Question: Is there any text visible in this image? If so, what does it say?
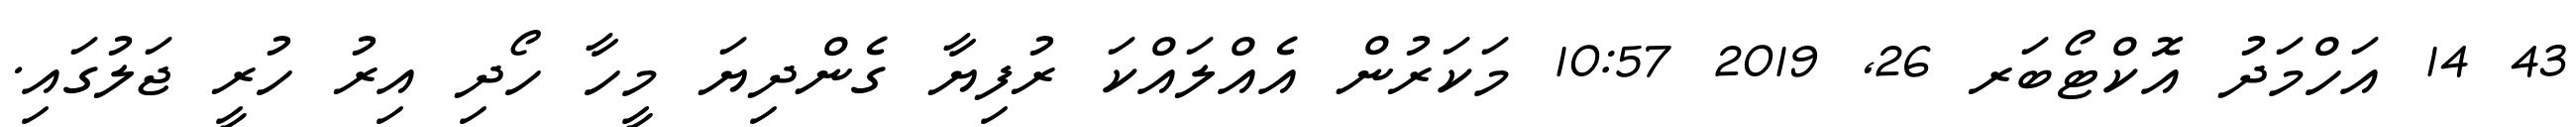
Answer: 43 14 އަހްމަދު އޮކްޓޯބަރ 26, 2019 10:57 މަކަރުން އެއްލައްކަ ރުފިޔާ ގެންދިޔަ މީހާ ހޯދި އިރު ހުރީ ޖަލުގައި.